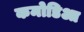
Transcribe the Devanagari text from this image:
कमोडिआ